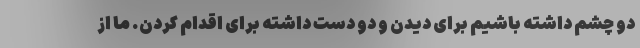
دو چشم داشته باشیم برای دیدن و دو دست داشته برای اقدام کردن. ما از